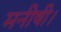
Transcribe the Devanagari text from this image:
मनीषी।